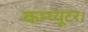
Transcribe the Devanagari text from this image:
कम्प्यूटर।